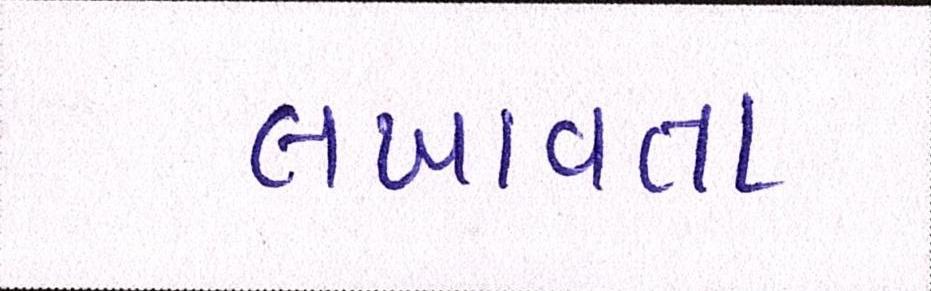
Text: લખાવતા